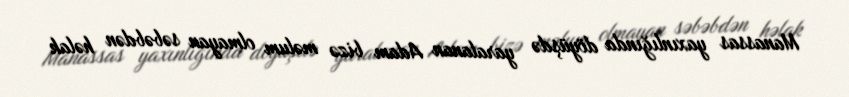
Manassas yaxınlığında döyüşdə yaralanan Adam bizə məlum olmayan səbəbdən həlak